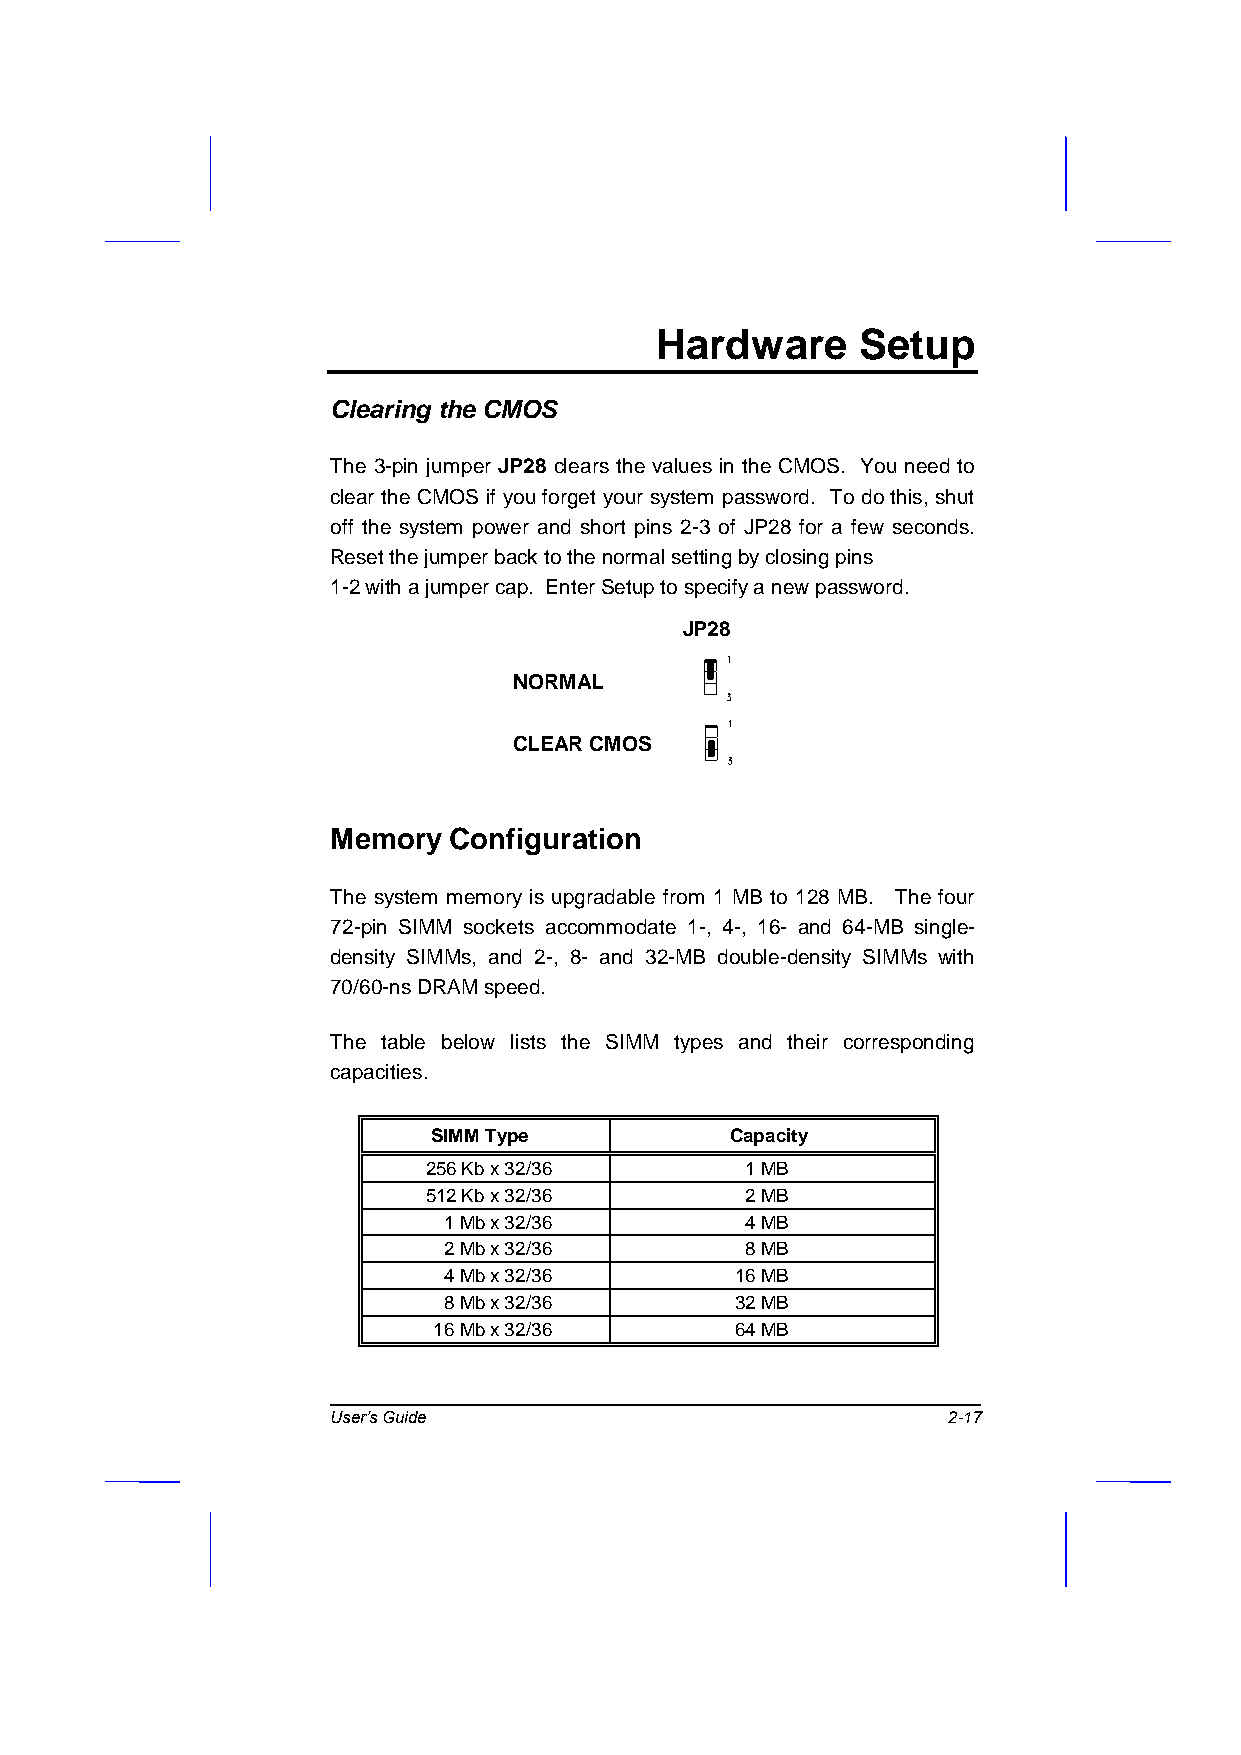
Hardware      Setup
 Clearing the CMOS
 The 3-pin jumper JP28 clears the values in the CMOS. You need to
 clear the CMOS if you forget your system password. To do this, shut
 off the system power and short pins 2-3 of JP28 for a few seconds.
 Reset the jumper back to the normal setting by closing pins
 1-2 with a jumper cap. Enter Setup to specify a new password.
 JP28
 NORMAL
 CLEAR CMOS
 Memory  Configuration
 The system memory is upgradable from 1 MB to 128 MB. The four
 72-pin SIMM sockets accommodate 1-, 4-, 16- and 64-MB single-
 density SIMMs, and 2-, 8- and 32-MB double-density SIMMs with
 70/60-ns DRAM speed.
 The table below lists the SIMM types and their corresponding
 capacities.
 SIMM Type          Capacity
 256 Kb x 32/36       1 MB
 512 Kb x 32/36       2 MB
 1 Mb x 32/36        4 MB
 2 Mb x 32/36        8 MB
 4 Mb x 32/36        16 MB
 8 Mb x 32/36        32 MB
 16 Mb x 32/36       64 MB
 User’s Guide                             2-17